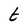
Character: t